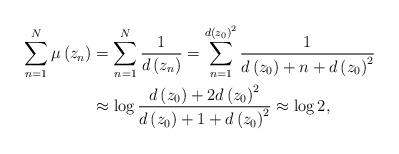
LaTeX: \begin{align*}\sum_{n=1}^{N}\mu\left( z_{n}\right) & =\sum_{n=1}^{N}\frac{1}{d\left(z_{n}\right) }=\sum_{n=1}^{d\left( z_{0}\right) ^{2}}\frac{1}{d\left(z_{0}\right) +n+d\left( z_{0}\right) ^{2}}\\& \approx\log\frac{d\left( z_{0}\right) +2d\left( z_{0}\right) ^{2}}{d\left( z_{0}\right) +1+d\left( z_{0}\right) ^{2}}\approx\log2,\end{align*}